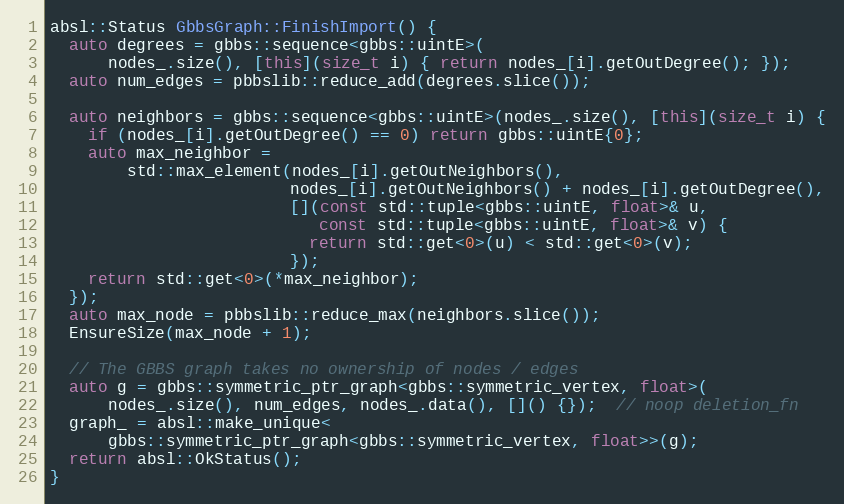
Language: C++
absl::Status GbbsGraph::FinishImport() {
  auto degrees = gbbs::sequence<gbbs::uintE>(
      nodes_.size(), [this](size_t i) { return nodes_[i].getOutDegree(); });
  auto num_edges = pbbslib::reduce_add(degrees.slice());

  auto neighbors = gbbs::sequence<gbbs::uintE>(nodes_.size(), [this](size_t i) {
    if (nodes_[i].getOutDegree() == 0) return gbbs::uintE{0};
    auto max_neighbor =
        std::max_element(nodes_[i].getOutNeighbors(),
                         nodes_[i].getOutNeighbors() + nodes_[i].getOutDegree(),
                         [](const std::tuple<gbbs::uintE, float>& u,
                            const std::tuple<gbbs::uintE, float>& v) {
                           return std::get<0>(u) < std::get<0>(v);
                         });
    return std::get<0>(*max_neighbor);
  });
  auto max_node = pbbslib::reduce_max(neighbors.slice());
  EnsureSize(max_node + 1);

  // The GBBS graph takes no ownership of nodes / edges
  auto g = gbbs::symmetric_ptr_graph<gbbs::symmetric_vertex, float>(
      nodes_.size(), num_edges, nodes_.data(), []() {});  // noop deletion_fn
  graph_ = absl::make_unique<
      gbbs::symmetric_ptr_graph<gbbs::symmetric_vertex, float>>(g);
  return absl::OkStatus();
}